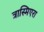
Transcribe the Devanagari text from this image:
त्रास्मिएरा